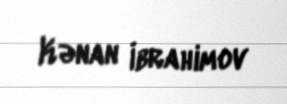
Kənan İbrahimov